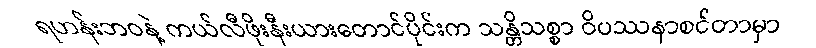
ရဟန်းဘဝနဲ့ ကယ်လီဖိုးနီးယားတောင်ပိုင်းက သန္တိသစ္စာ ဝိပဿနာစင်တာမှာ